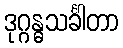
ဒုဂ္ဂန္ဓသင်္ခါတာ